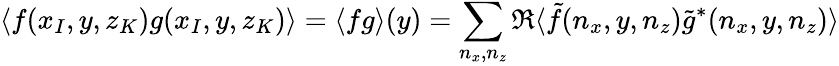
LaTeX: \langle f(x_{I},y,z_{K})g(x_{I},y,z_{K})\rangle=\langle fg\rangle(y)=\sum_{n_{x},n_{z}}\Re\langle\tilde{f}(n_{x},y,n_{z})\tilde{g}^{*}(n_{x},y,n_{z})\rangle